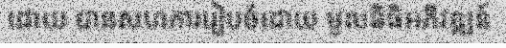
ដោយ បានសហការរៀបចំដោយ មូលនិធិអភិវឌ្ឍន៍